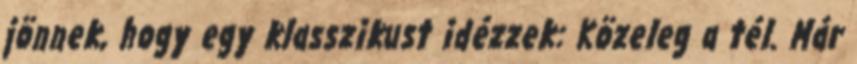
jönnek, hogy egy klasszikust idézzek: Közeleg a tél. Már